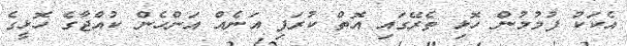
އެކަކު ފުމުމުން ހޮޅި ތެރޭގައި އޮތް ކުރަފި އަނެއް އަންހެން ކުއްޖާގެ ހޮޅީގެ